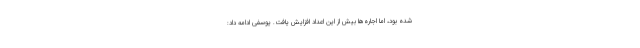
شده بود، اما اجاره‌ها بیش از این اعداد افزایش یافت. یوسفی ادامه داد: